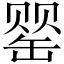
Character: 罂